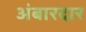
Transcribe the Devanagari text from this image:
अंबारदार